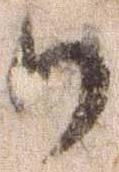
候